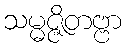
သမ္မဇ္ဇိတဗ္ဗာ